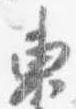
東